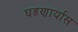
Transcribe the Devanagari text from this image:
घडणार्यास